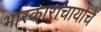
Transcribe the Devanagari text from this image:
भास्काराचार्यांचे